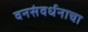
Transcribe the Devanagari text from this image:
वनसंवर्धनाचा